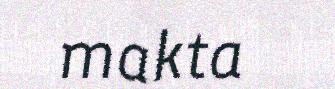
makta